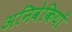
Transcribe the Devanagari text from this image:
अनिवेकियों